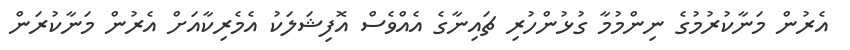
އެރުން މަނާކުރުމުގެ ނިންމުމާ ގުޅުންހުރި ޗައިނާގެ އެއްވެސް އޮފިޝަލަކު އެމެރިކާއަށް އެރުން މަނާކުރަން